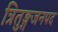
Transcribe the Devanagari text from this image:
त्रितुङ्गजनपद